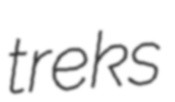
treks